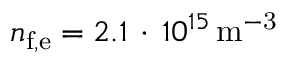
{ n } _ { \mathrm { f , e } } = 2 . 1 \, \cdot \, 1 0 ^ { 1 5 } \, \mathrm { { m } ^ { - 3 } }